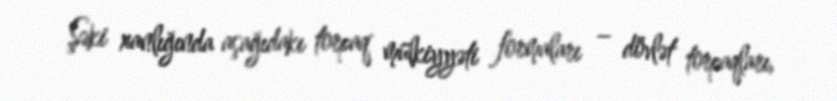
Şəki xanlığında aşağıdakı torpaq mülkiyyəti formaları – dövlət torpaqları,